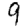
Digit: 9